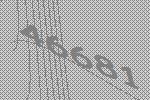
46681